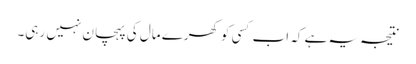
نتیجہ یہ ہے کہ اب کسی کو کھرے مال کی پہچان نہیں رہی۔